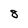
Character: 8